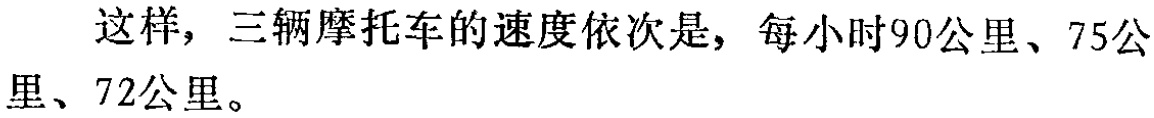
这样，三辆摩托车的速度依次是，每小时90公里、75公里、72公里。